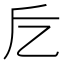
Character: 𠃘